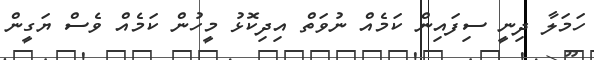
ހަމަލާ ދިނީ ސިފައިން ކަމެއް ނުވަތް އިދިކޮޅު މީހުން ކަމެއް ވެސް ޔަގީން